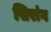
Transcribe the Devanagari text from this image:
सिरांग